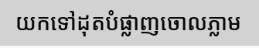
យកទៅដុតបំផ្លាញចោលភ្លាម